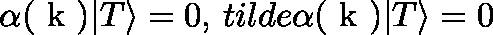
\alpha ( \mathrm { \boldmath ~ k ~ } ) | T \rangle = 0 , \, t i l d e { \alpha } ( \mathrm { \boldmath ~ k ~ } ) | T \rangle = 0